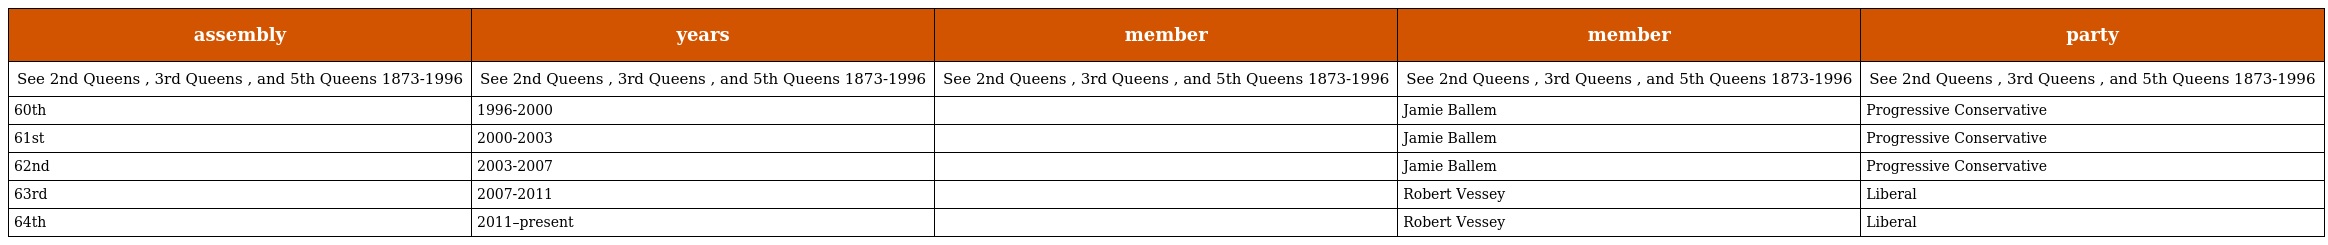
| assembly | years | member | member | party |
 | --- | --- | --- | --- | --- |
 | See 2nd Queens , 3rd Queens , and 5th Queens 1873-1996 | See 2nd Queens , 3rd Queens , and 5th Queens 1873-1996 | See 2nd Queens , 3rd Queens , and 5th Queens 1873-1996 | See 2nd Queens , 3rd Queens , and 5th Queens 1873-1996 | See 2nd Queens , 3rd Queens , and 5th Queens 1873-1996 |
 | 60th | 1996-2000 |  | Jamie Ballem | Progressive Conservative |
 | 61st | 2000-2003 |  | Jamie Ballem | Progressive Conservative |
 | 62nd | 2003-2007 |  | Jamie Ballem | Progressive Conservative |
 | 63rd | 2007-2011 |  | Robert Vessey | Liberal |
 | 64th | 2011–present |  | Robert Vessey | Liberal |